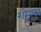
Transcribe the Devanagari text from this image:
शोरपुर